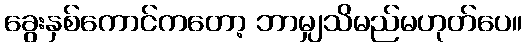
ခွေးနှစ်ကောင်ကတော့ ဘာမျှသိမည်မဟုတ်ပေ။